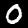
Label: 0